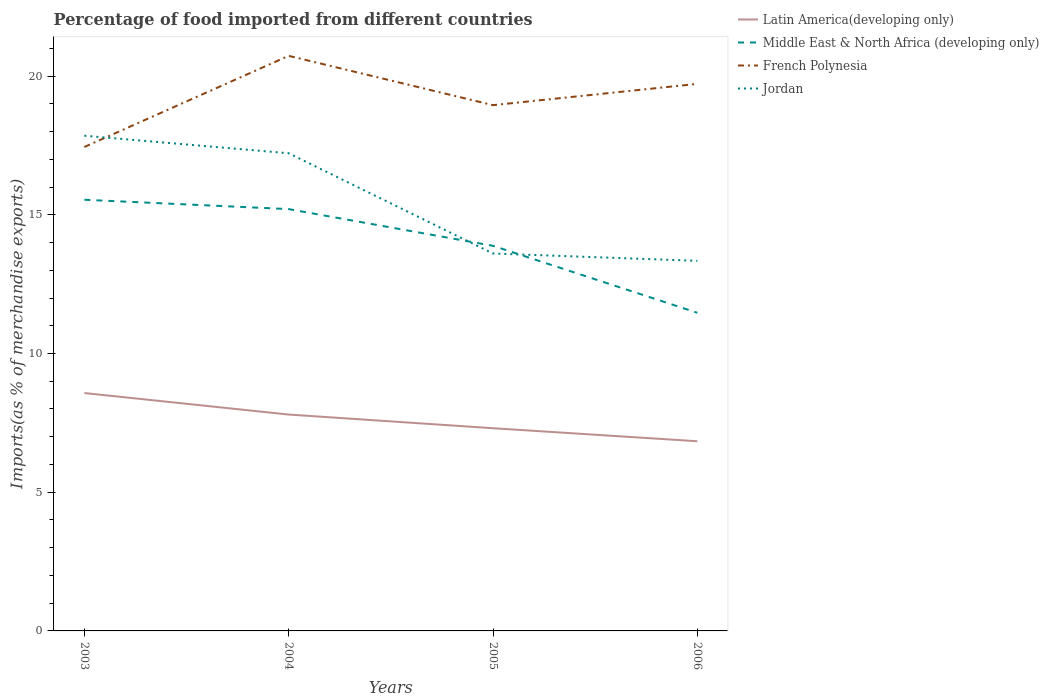
| Years | Latin America(developing only) | Middle East & North Africa (developing only) | French Polynesia | Jordan |
 | --- | --- | --- | --- | --- |
 | 2003 | 8.57 | 15.5 | 17.4 | 17.9 |
 | 2004 | 7.8 | 15.2 | 20.7 | 17.2 |
 | 2005 | 7.31 | 13.9 | 19 | 13.6 |
 | 2006 | 6.84 | 11.5 | 19.7 | 13.3 |